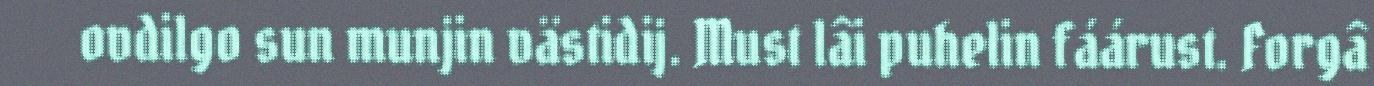
ovdilgo sun munjin västidij. Must lâi puhelin fáárust. Forgâ